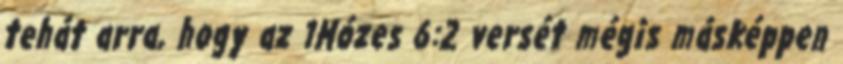
tehát arra, hogy az 1Mózes 6:2 versét mégis másképpen